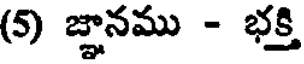
(5) జ్ఞానము - భక్తి